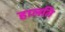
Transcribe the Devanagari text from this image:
हालति